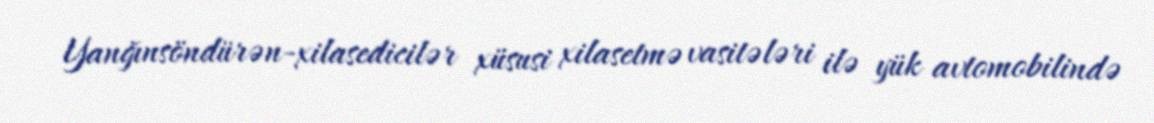
Yanğınsöndürən-xilasedicilər xüsusi xilasetmə vasitələri ilə yük avtomobilində